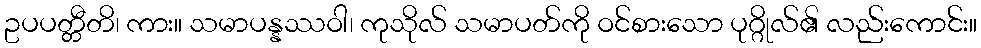
ဥပပတ္တီတိ၊ ကား။ သမာပန္နဿဝါ၊ ကုသိုလ် သမာပတ်ကို ဝင်စားသော ပုဂ္ဂိုလ်၏ လည်းကောင်း။